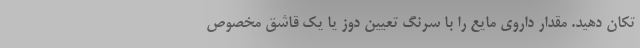
تکان دهید. مقدار داروی مایع را با سرنگ تعیین دوز یا یک قاشق مخصوص